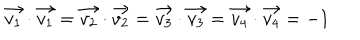
LaTeX: \vec { v _ { 1 } } \cdot \vec { v _ { 1 } } = \vec { v _ { 2 } } \cdot \vec { v _ { 2 } } = \vec { v _ { 3 } } \cdot \vec { v _ { 3 } } = \vec { v _ { 4 } } \cdot \vec { v _ { 4 } } = - 1